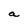
Character: a